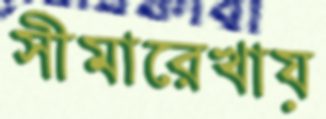
সীমারেখায়